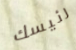
رئيسك